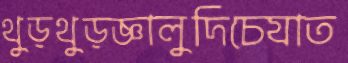
থুড়থুড়জ্ঞালুদিচেযাত